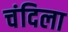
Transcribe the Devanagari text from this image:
चंदिला